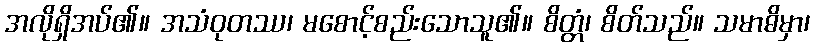
အလိုရှိအပ်၏။ အသံဝုတဿ၊ မစောင့်စည်းသောသူ၏။ စိတ္တံ၊ စိတ်သည်။ သမာဓိမှာ၊